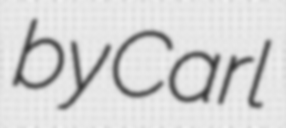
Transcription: by Carl